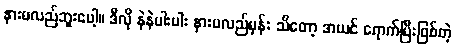
နားမလည်ဘူးပေါ့။ ဒီလို နဲနဲပါးပါး နားမလည်မှန်း သိတော့ အယင် ရောက်ပြီးဖြစ်တဲ့